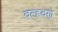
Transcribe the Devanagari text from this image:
वल्हवणे